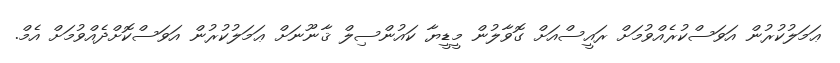
ޢަމަލުކުރުން އަވަސްކުރެއްވުމަށް ރައީސްއަށް ގޮވާލުން މީޑީޔާ ކައުންސިލް ޤާނޫނަށް ޢަމަލުކުރުން އަވަސްކޮށްދެއްވުމަށް އެމް.